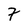
Character: 7